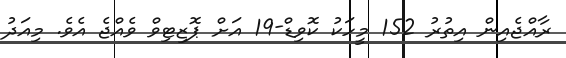
ރާއްޖެއިން އިތުރު 152 މީހަކު ކޮވިޑް-19 އަށް ޕޮޒިޓިވް ވެއްޖެ އެވެ. މިއަދު